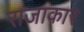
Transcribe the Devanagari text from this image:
राजाकार